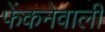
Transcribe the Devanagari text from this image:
फेंकनेवाली